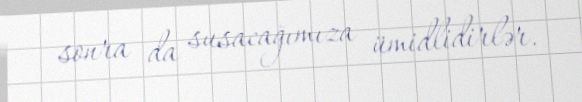
sonra da susacağımıza ümidlidirlər.